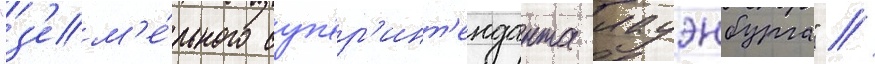
"з'ем'е́льного суп'ер'инт'енданта лауэнбурга" //